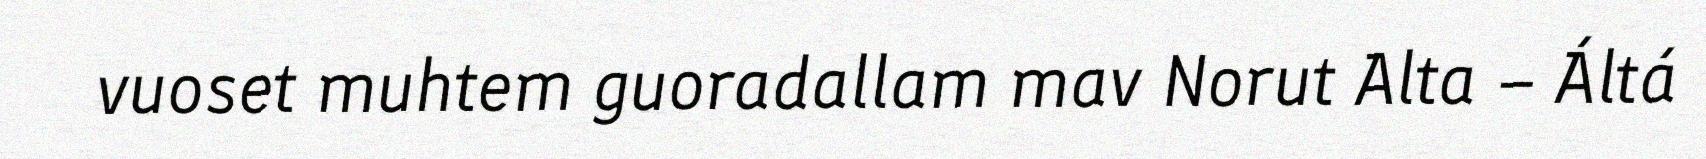
vuoset muhtem guoradallam mav Norut Alta – Áltá